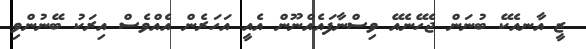
ޒީ އާނއެކޭ ބުނަން ޖެހޭނެއޭ ވިސްނާފައެއްނޫން އެއީ އަހަރެން އެއްވެސް އިރަކު ބޭނުންވި